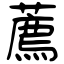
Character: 薦